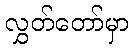
လွှတ်တော်မှာ